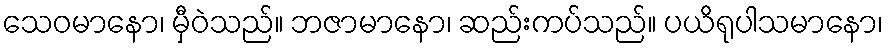
သေဝမာနော၊ မှီဝဲသည်။ ဘဇာမာနော၊ ဆည်းကပ်သည်။ ပယိရုပါသမာနော၊